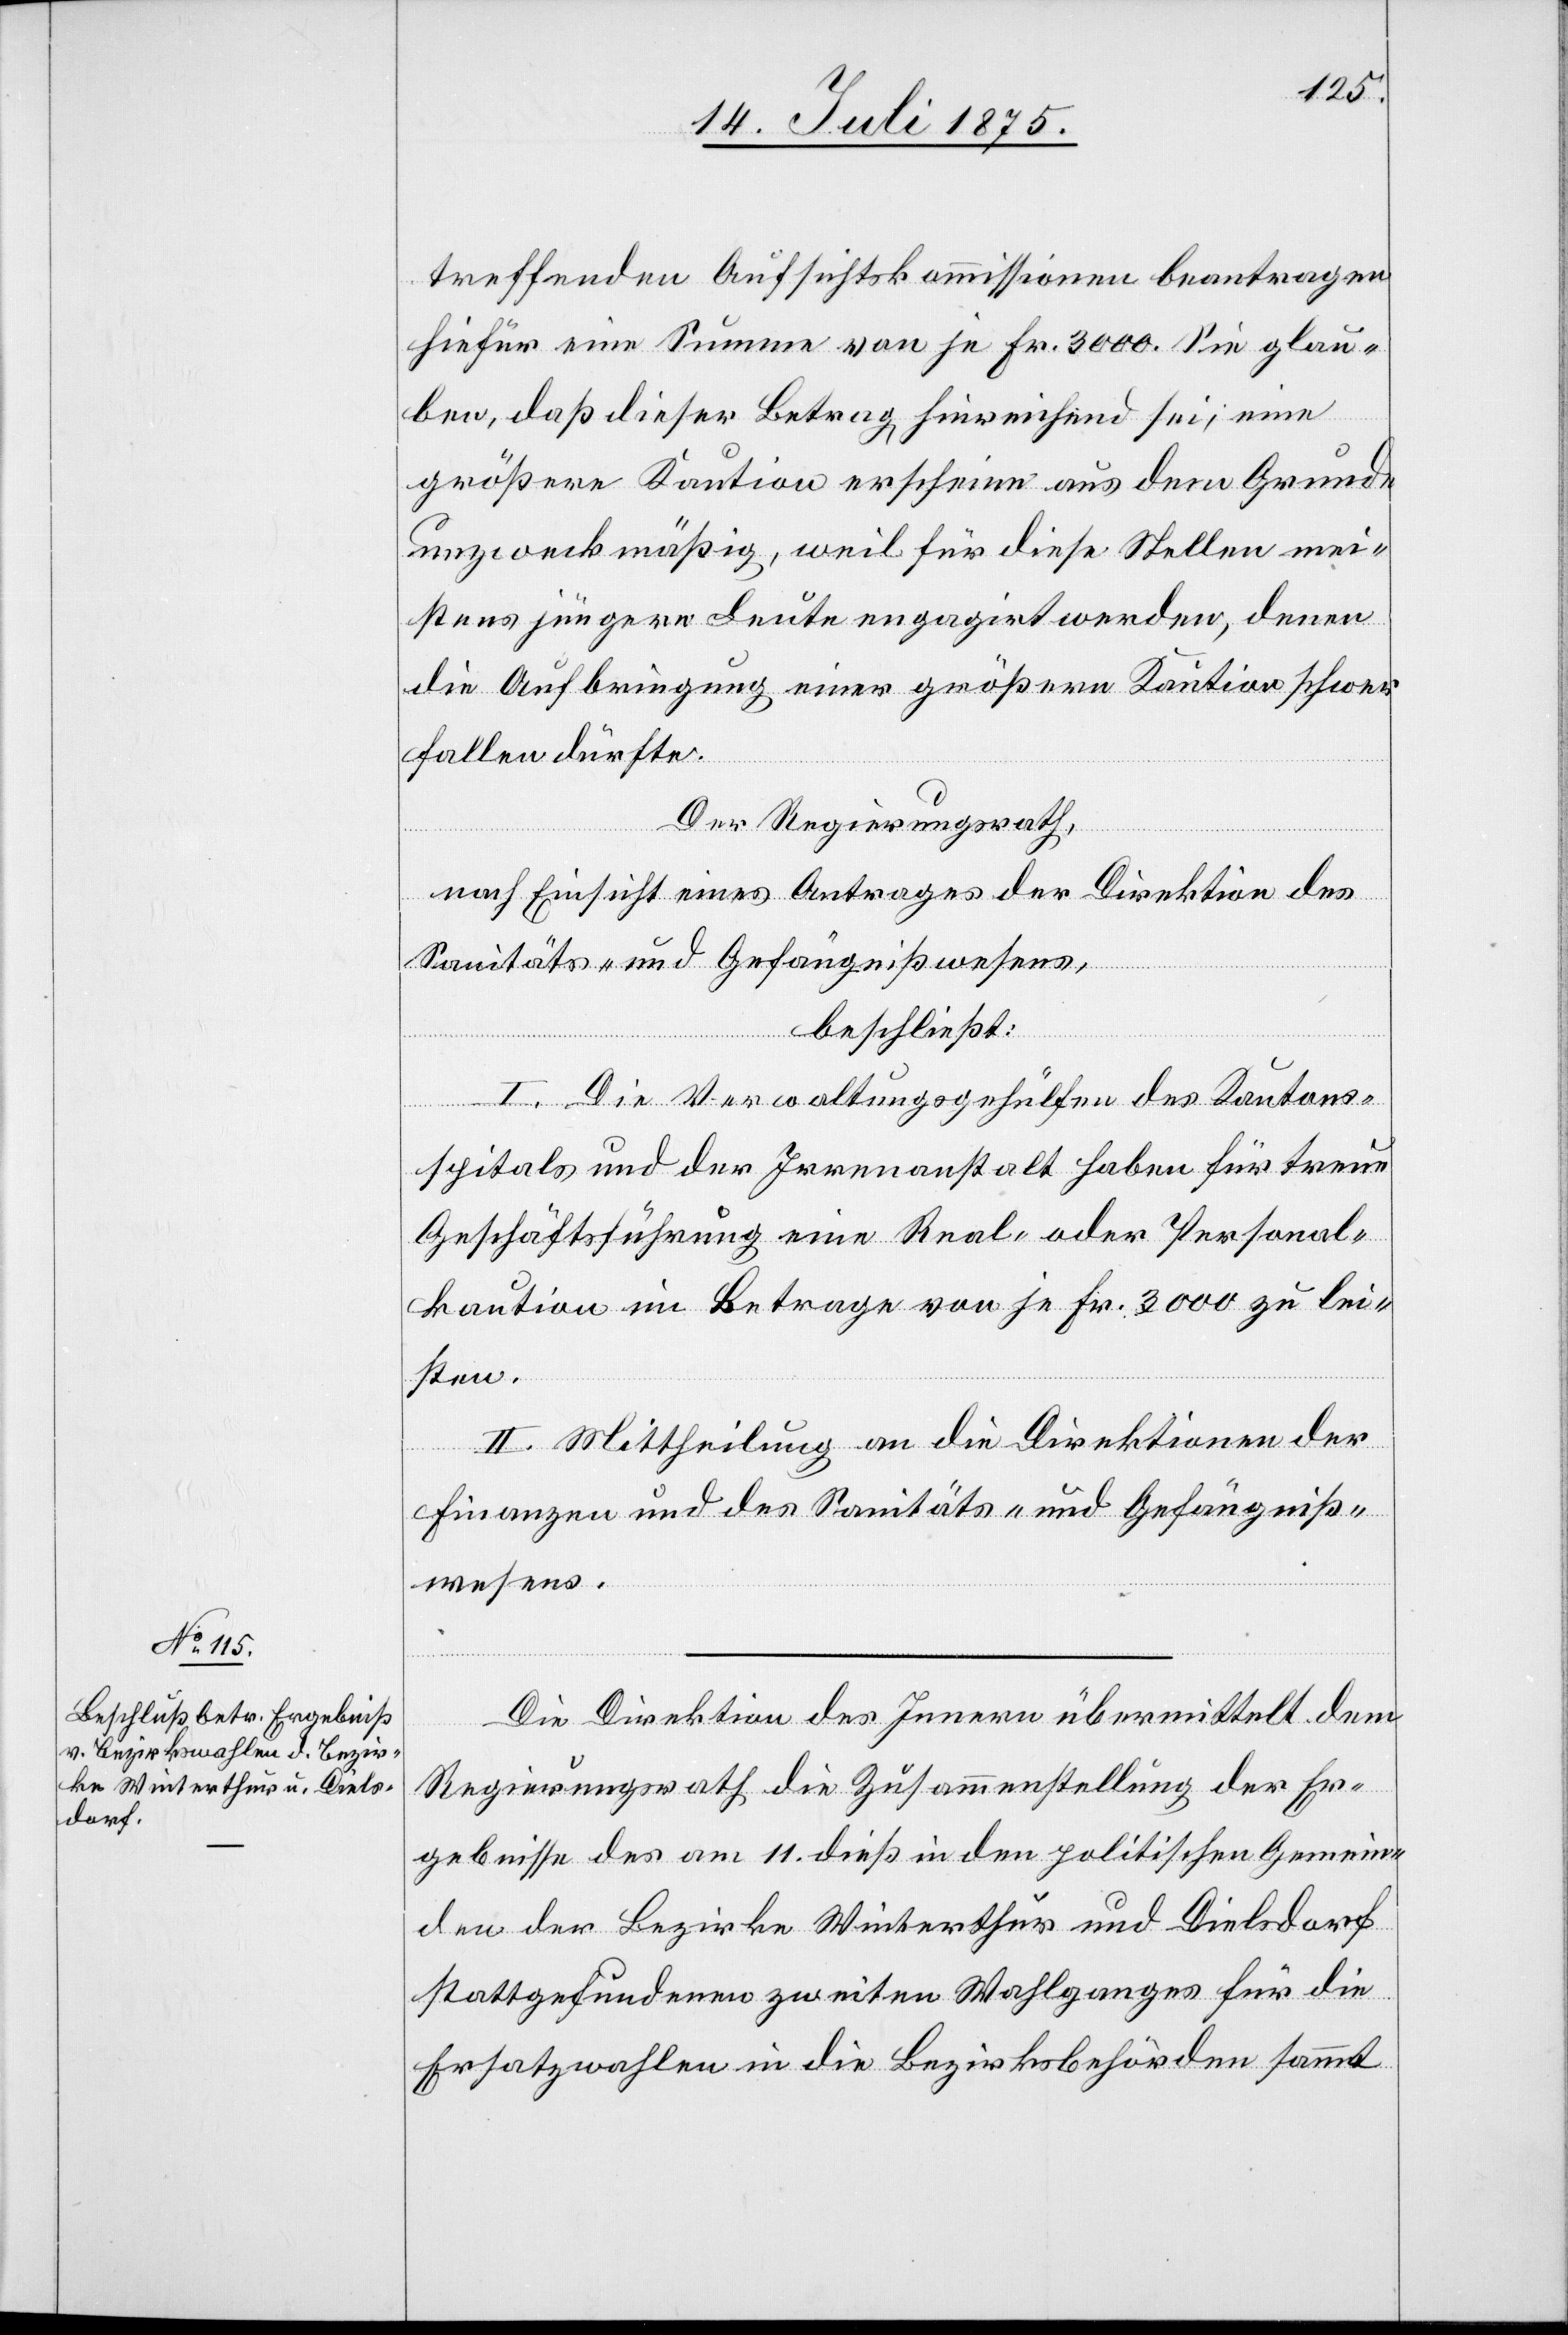
treffenden Aufsichtskommissionen beantragen
hiefür eine Summe von je Fr. 3000. Sie glau¬
ben, daß dieser Betrag, hinreichend sei, eine
größere Kaution erscheine aus dem Grunde
unzweckmäßig, weil für diese Stellen mei¬
stens jüngere Leute engagirt werden, denen
die Aufbringung einer größeren Kaution schwer
fallen dürft.
Der Regierungsrath,
nach Einsicht eines Antrages der Direktion des
Sanitäts- und Gefängnißwesens,
beschließt:
I. Die Verwaltungsgehülfen des Kantons¬
spitals und der Irrenanstalt haben für treue
Geschäftsführung eine Real- oder Personal¬
kaution im Betrage von je Fr. 3000 zu lei¬
sten.
II. Mittheilung an die Direktionen der
Finanzen und des Sanitäts- und Gefängniß¬
wesens.
Die Direktion des Innern übermittelt dem
Regierungsrath die Zusammenstellung der Er¬
gebnisse des am 11. dieß in den politischen Gemein¬
den der Bezirke Winterthur und Dielsdorf
stattgefundenen zweiten Wahlganges für die
Ersatzwahlen in die Bezirksbehörden sammt